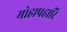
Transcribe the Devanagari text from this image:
मोहापहारि